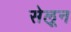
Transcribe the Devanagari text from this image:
सेलून